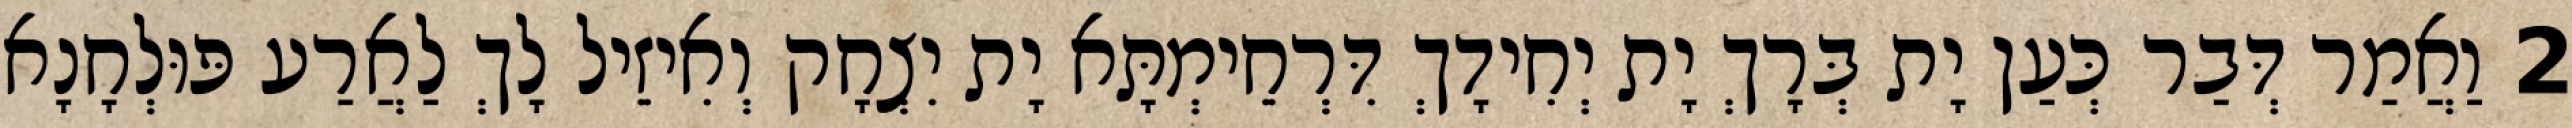
2 וַאֲמַר דְּבַר כְּעַן יָת בְּרָךְ יָת יְחִידָךְ דִּרְחֵימְתָּא יָת יִצְחָק וְאִיזֵיל לָךְ לַאֲרַע פּוּלְחָנָא